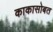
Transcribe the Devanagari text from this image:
काकासोबत